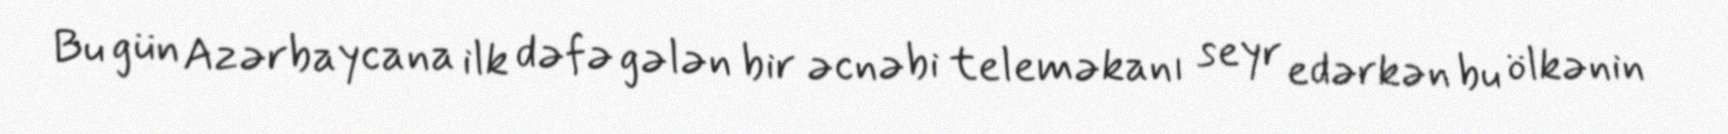
Bu gün Azərbaycana ilk dəfə gələn bir əcnəbi teleməkanı seyr edərkən bu ölkənin